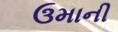
ઉમાની